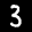
Label: 3